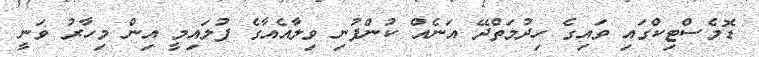
ޑޮމެސްޓިކްގައި ވައިގެ ހިދުމަތްދޭ އަނެއް ކުންފުނި ވިލާއެއާގެ ފުލައިމީ އިން މިހާރު ވަނީ